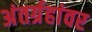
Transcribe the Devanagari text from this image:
अंतर्ग्रहांवर